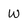
Character: W